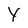
Character: Y